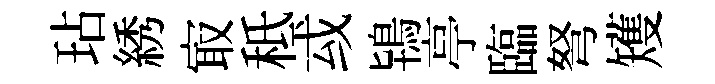
玷綉㝡秪㦯鴇亭臨弩矱